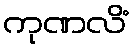
ကုဏလိံ